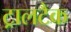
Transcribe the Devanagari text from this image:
ट्रालटैक